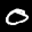
Label: 0